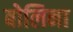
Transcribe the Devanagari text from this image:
बोलिना